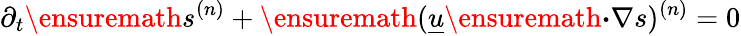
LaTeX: \partial_{t}\ensuremath{s^{(n)}}+\ensuremath{(\underline{{u}}\ensuremath{\boldsymbol{\cdot}}\nabla s)^{(n)}}=0